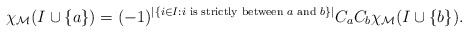
\begin{align*}\chi_\mathcal{M}(I\cup\{a\}) = (-1)^{|\{i\in I : i \textnormal{ is strictly between $a$ and $b$}\}|}C_aC_b\chi_\mathcal{M}(I\cup\{b\}).\end{align*}